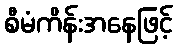
စီမံကိန်းအနေဖြင့်